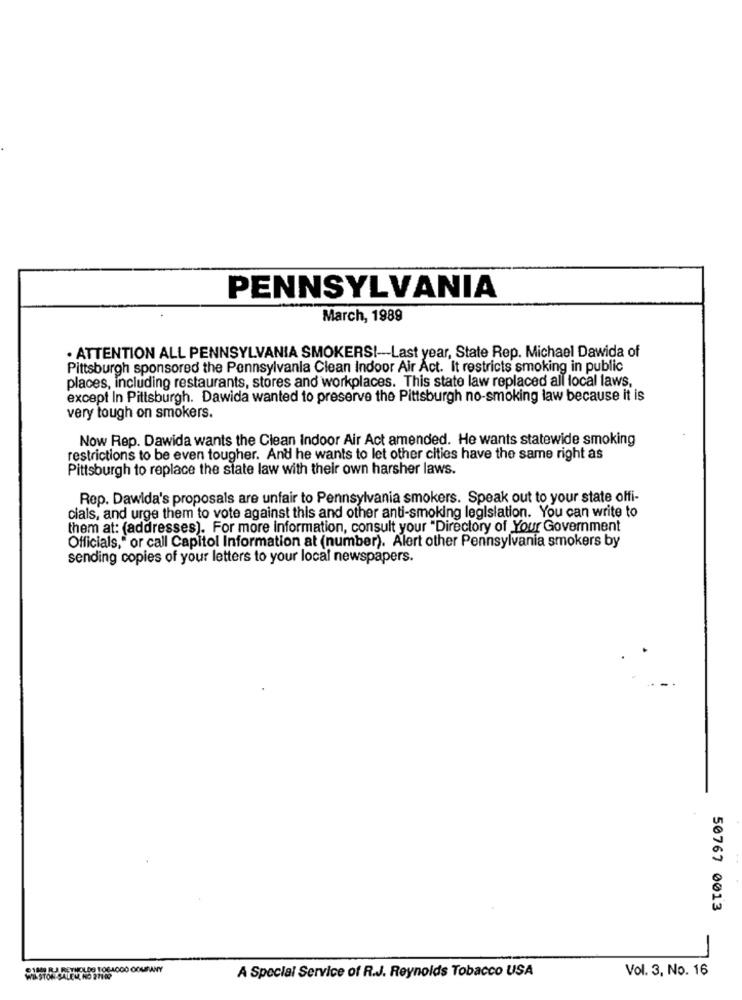
PENNSYLVANIA
March, 1989
· ATTENTION ALL PENNSYLVANIA SMOKERS !- Last year, State Rep. Michael Dawida of
Pittsburgh sponsored the Pennsylvania Clean Indoor Air Act. It restricts smoking in public
places, including restaurants, stores and workplaces. This state law replaced all local laws,
except In Pittsburgh. Dawida wanted to preserve the Pittsburgh no-smoking law because it is
very tough on smokers.
Now Rep. Dawida wants the Clean Indoor Air Act amended. He wants statewide smoking
restrictions to be even tougher. And he wants to let other cities have the same right as
Pittsburgh to replace the state law with their own harsher laws.
Rep. Dawida's proposals are unfair to Pennsylvania smokers. Speak out to your state offi-
cials, and urge them to vote against this and other anti-smoking legislation. You can write to
them at: (addresses). For more Information, consult your "Directory of Your Government
Officials," or call Capitol Information at (number). Alert other Pennsylvania smokers by
sending copies of your letters to your local newspapers.
50767 0013
-
Vol. 3, No. 16
WESTON SALEK NO 27102
A Special Service of R.J. Reynolds Tobacco USA